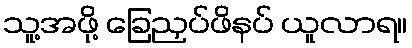
သူ့အဖို့ ခြေညှပ်ဖိနပ် ယူလာရ။